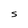
Character: S